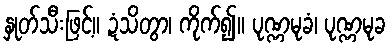
နှုတ်သီးဖြင့်။ ဍံသိတွာ၊ ကိုက်၍။ ပုဏ္ဏမုခံ၊ ပုဏ္ဏမုခ